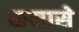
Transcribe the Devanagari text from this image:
कमासे